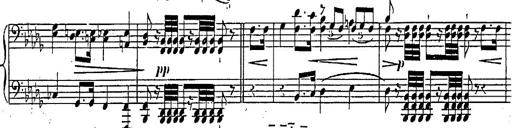
Title: Marche et Cavatine de Lucie de Lammermoor, S.398
Composer: Franz Liszt